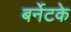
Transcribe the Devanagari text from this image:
बर्नेटके